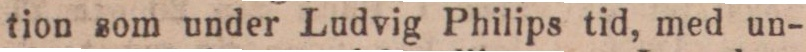
tion som under Ludvig Philips tid, med un-